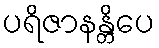
ပရိဇာနန္တိပေ